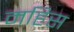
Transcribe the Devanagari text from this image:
महिस